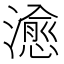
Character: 𤀒